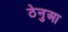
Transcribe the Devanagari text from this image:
ठेनुआ